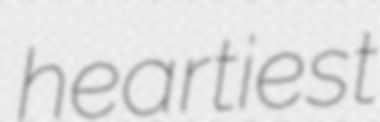
heartiest